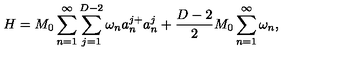
H = M _ { 0 } \sum _ { n = 1 } ^ { \infty } \sum _ { j = 1 } ^ { D - 2 } \omega _ { n } a _ { n } ^ { j + } a _ { n } ^ { j } + \frac { D - 2 } { 2 } M _ { 0 } \sum _ { n = 1 } ^ { \infty } \omega _ { n } { , }